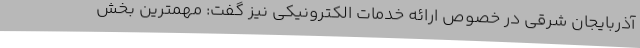
آذربایجان شرقی در خصوص ارائه خدمات الکترونیکی نیز گفت: مهمترین بخش